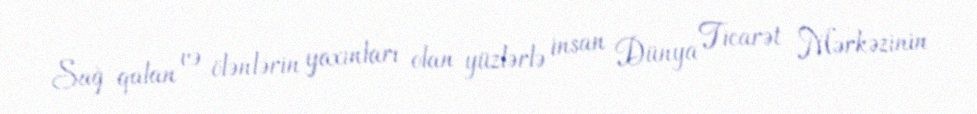
Sağ qalan və ölənlərin yaxınları olan yüzlərlə insan Dünya Ticarət Mərkəzinin